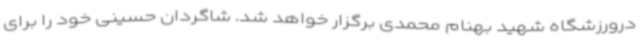
درورزشگاه شهید بهنام محمدی برگزار خواهد شد. شاگردان حسینی خود را برای